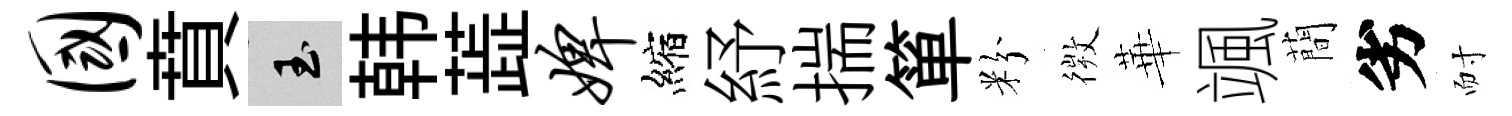
国賁玉韩蕋婢縮紓揣箪粉𢕄華颯蕳劣耐